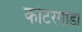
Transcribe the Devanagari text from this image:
कोटरंगाडा